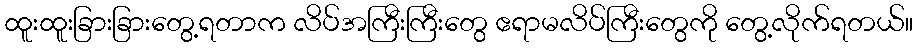
ထူးထူးခြားခြားတွေ့ရတာက လိပ်အကြီးကြီးတွေ ဧရာမလိပ်ကြီးတွေကို တွေ့လိုက်ရတယ်။